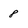
Character: 8